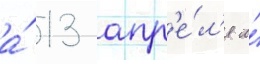
а́ 13 апр'е́л'я и́